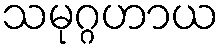
သမုဂ္ဂဟာယ